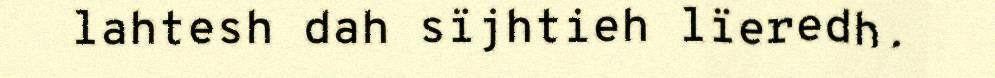
lahtesh dah sïjhtieh lïeredh.